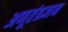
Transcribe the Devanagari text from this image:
अणूतंत्रज्ञान